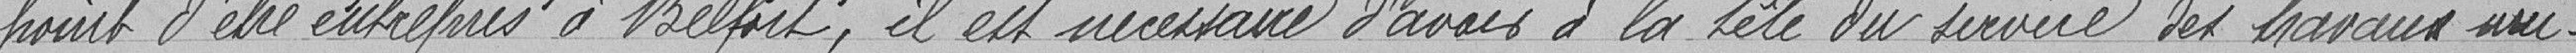
point d'être entrepris à Belfort, il est nécessaire d'avoir à la tête du service des travaux mu-